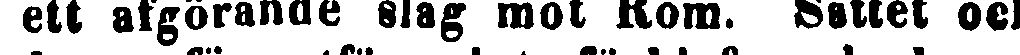
ett afgörande slag mot Rom. Sättet och